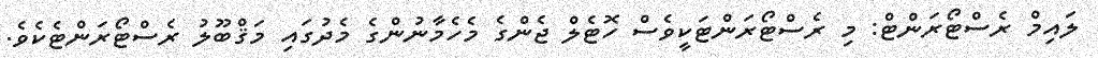
ލައިމް ރެސްޓޯރަންޓް: މި ރެސްޓޯރަންޓަކީވެސް ހޮޓެލް ޖެންގެ މެހެމާނުންގެ މެދުގައި މަޤްބޫލު ރެސްޓޯރަންޓެކެވެ.